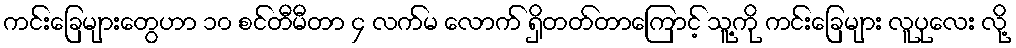
ကင်းခြေများတွေဟာ ၁၀ စင်တီမီတာ ၄ လက်မ လောက် ရှိတတ်တာကြောင့် သူ့ကို ကင်းခြေများ လူပုလေး လို့